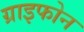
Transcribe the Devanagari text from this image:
ग्राइफोन